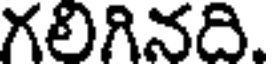
గలిగినది.